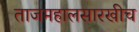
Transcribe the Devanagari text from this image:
ताजमहालसारखीच